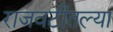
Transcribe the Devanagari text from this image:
राजवटीतल्या